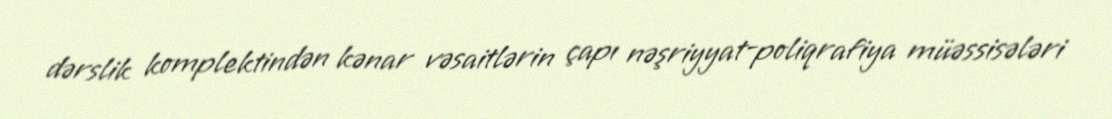
dərslik komplektindən kənar vəsaitlərin çapı nəşriyyat-poliqrafiya müəssisələri